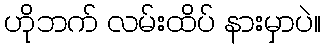
ဟိုဘက် လမ်းထိပ် နားမှာပဲ။